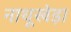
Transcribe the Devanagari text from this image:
नाथूखेड़ा